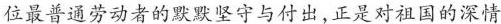
位最普通劳动者的默默坚守与付出，正是对祖国的深情